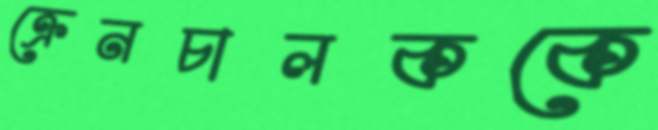
ক্রেনচালককে